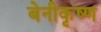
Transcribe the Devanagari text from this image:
बेनीकृष्ण